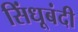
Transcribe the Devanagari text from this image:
सिंधूबंदी